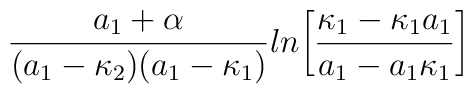
{a_1+\alpha\over{(a_1-\kappa_2)(a_1-\kappa_1)}}ln\biggl[{{\kappa_1-\kappa_1a_1}\over{a_1-a_1\kappa_1}}\biggr]